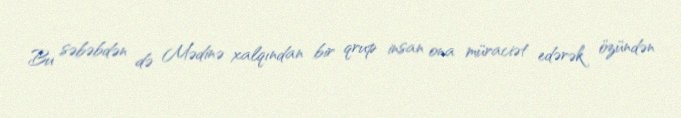
Bu səbəbdən də Mədinə xalqından bir qrup insan ona müraciət edərək özündən